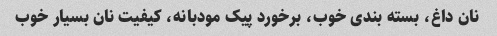
نان داغ، بسته بندی خوب، برخورد پیک مودبانه، کیفیت نان بسیار خوب